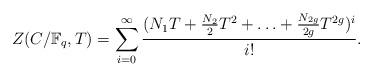
LaTeX: \begin{align*}Z(C/\mathbb{F}_q,T)=\displaystyle \sum_{i=0}^{\infty}\frac{(N_1T+\frac{N_2}{2}T^2+\ldots+\frac{N_{2g}}{2g}T^{2g})^i}{i!}.\end{align*}